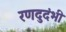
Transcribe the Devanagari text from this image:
रणदुदंभी